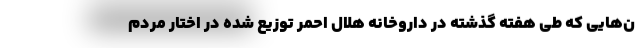
ن‌هایی که طی هفته گذشته در داروخانه هلال احمر توزیع شده در اختار مردم